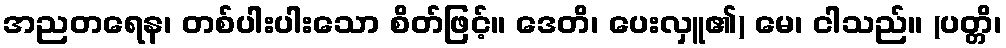
အညတရေန၊ တစ်ပါးပါးသော စိတ်ဖြင့်။ ဒေတိ၊ ပေးလှူ၏) မေ၊ ငါသည်။ (ပတ္တိ၊